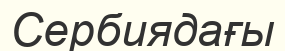
Сербиядағы